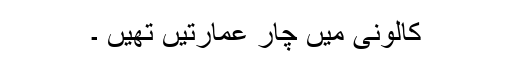
کالونی میں چار عمارتیں تھیں ۔